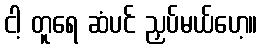
ငါ့ တူရေ ဆံပင် ညှပ်မယ်ဟေ့။